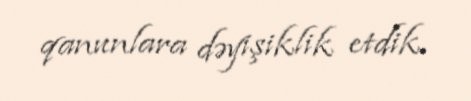
qanunlara dəyişiklik etdik.